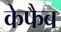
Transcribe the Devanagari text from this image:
केफैब